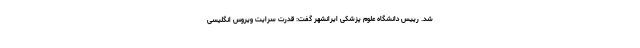
شد. رییس دانشگاه علوم پزشکی ایرانشهر گفت: قدرت سرایت ویروس انگلیسی